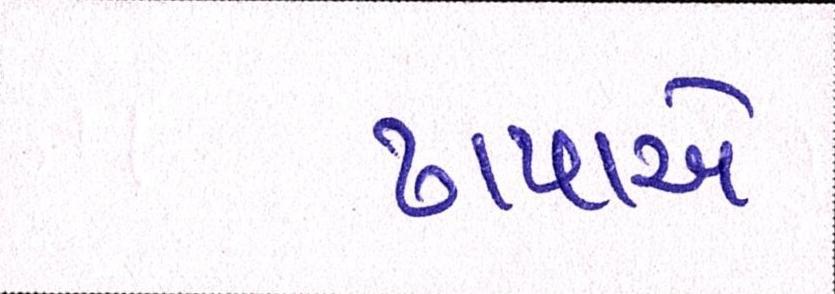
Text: ઢાપાએ